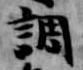
調